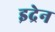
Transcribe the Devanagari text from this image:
इद्रेन